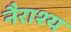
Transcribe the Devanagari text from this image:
नैराश्‍य